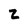
Character: z